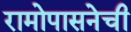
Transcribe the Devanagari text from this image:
रामोपासनेची